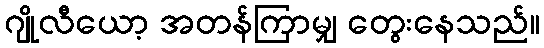
ဂျိုလီယော့ အတန်ကြာမျှ တွေးနေသည်။